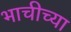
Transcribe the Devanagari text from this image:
भाचीच्या